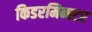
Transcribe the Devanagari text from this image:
किडरमिन्स्टर